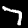
Label: 7